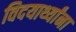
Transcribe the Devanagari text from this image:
विदयार्थ्यांना